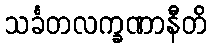
သင်္ခတလက္ခဏာနီတိ